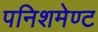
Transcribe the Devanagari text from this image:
पनिशमेण्ट